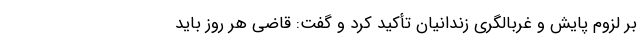
بر لزوم پایش و غربالگری زندانیان تأکید کرد و گفت: قاضی هر روز باید